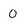
Character: 0